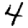
Digit: 4